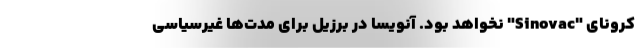
کرونای "Sinovac" نخواهد بود. آنویسا در برزیل برای مدت‌ها غیرسیاسی